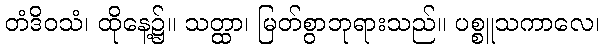
တံဒိဝသံ၊ ထိုနေ့၌။ သတ္ထာ၊ မြတ်စွာဘုရားသည်။ ပစ္စူသကာလေ၊